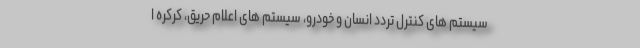
سیستم های کنترل تردد انسان و خودرو، سیستم های اعلام حریق، کرکره ا